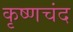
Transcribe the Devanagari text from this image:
कृष्णचंद